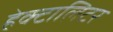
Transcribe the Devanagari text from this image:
हेक्टालिटर